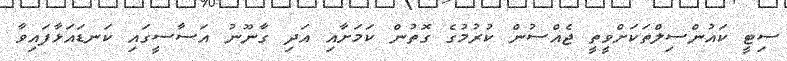
ސިޓީ ކައުންސިލްތަކަށްވީތީ ޖެއްސުން ކުރުމުގެ ގޮތުން ކަމަށާއި އަދި ގާނޫނު އަސާސީގައި ކަނޑައަޅާފައިވާ